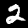
Digit: 2